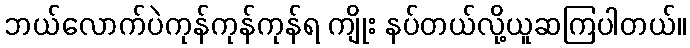
ဘယ်လောက်ပဲကုန်ကုန်ကုန်ရ ကျိုး နပ်တယ်လို့ယူဆကြပါတယ်။